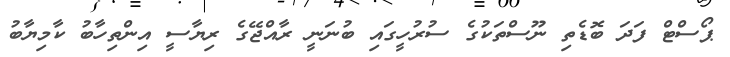
ޕޯސްޓް ފަދަ ބޮޑެތި ނޫސްތަކުގެ ސުރުހީގައި ބުނަނީ ރާއްޖޭގެ ރިޔާސީ އިންތިހާބު ކާމިޔާބު